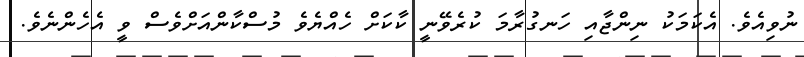
ނުވިއެވެ. އެކަމަކު ނިންޖާއި ހަނގުރާމަ ކުރެވޭނީ ކާކަށް ހެއްޔެވެ މުސްކާންއަށްވެސް ވީ އެހެންނެވެ.